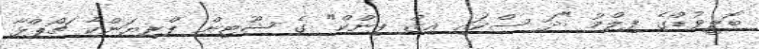
ބޮލީވުޑްގެ ފިލްމު "ދަ ސްކައި އިޒް ޕިންކް" ގެ ޝޫޓިން ޕްރިޔަންކާ ޗޯޕްޅާ